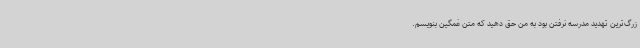
زرگ‌ترین تهدید مدرسه نرفتن بود به من حق دهید که متن غمگین بنویسم.